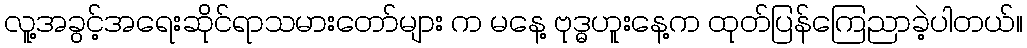
လူ့အခွင့်အရေးဆိုင်ရာသမားတော်များ က မနေ့ ဗုဒ္ဓဟူးနေ့က ထုတ်ပြန်ကြေညာခဲ့ပါတယ်။